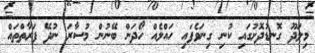
މިލަދޫ ގޮނޑުދޮށުގައި ކުނި ގިނަވެފައި ހައްލެއް ހޯދަން ބޭނުން މުސާރަ ނުދޭ ފަރާތްތައް